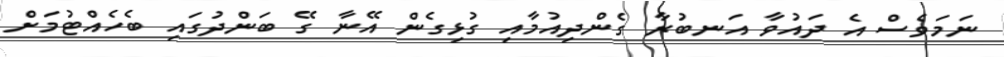
ނަމަވެސް އެ ދައުވާ އަނބުރާ ގެންދިއުމާއި ގުޅިގެން އޭނާ ގޭ ބަންދުގައި ބެހެއްޓުމަށް